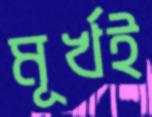
মূর্খই